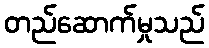
တည်ဆောက်မှုသည်